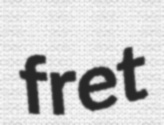
fret